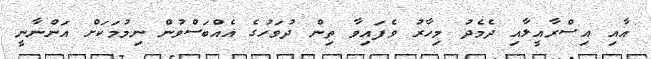
އާއި އިސްރާއީލާއި ދެމެދު މިހާރު ވެފައިވާ ތިން ދުވަހުގެ އެއްބަސްވުން ނިމުމަކަށް އަންނާނީ